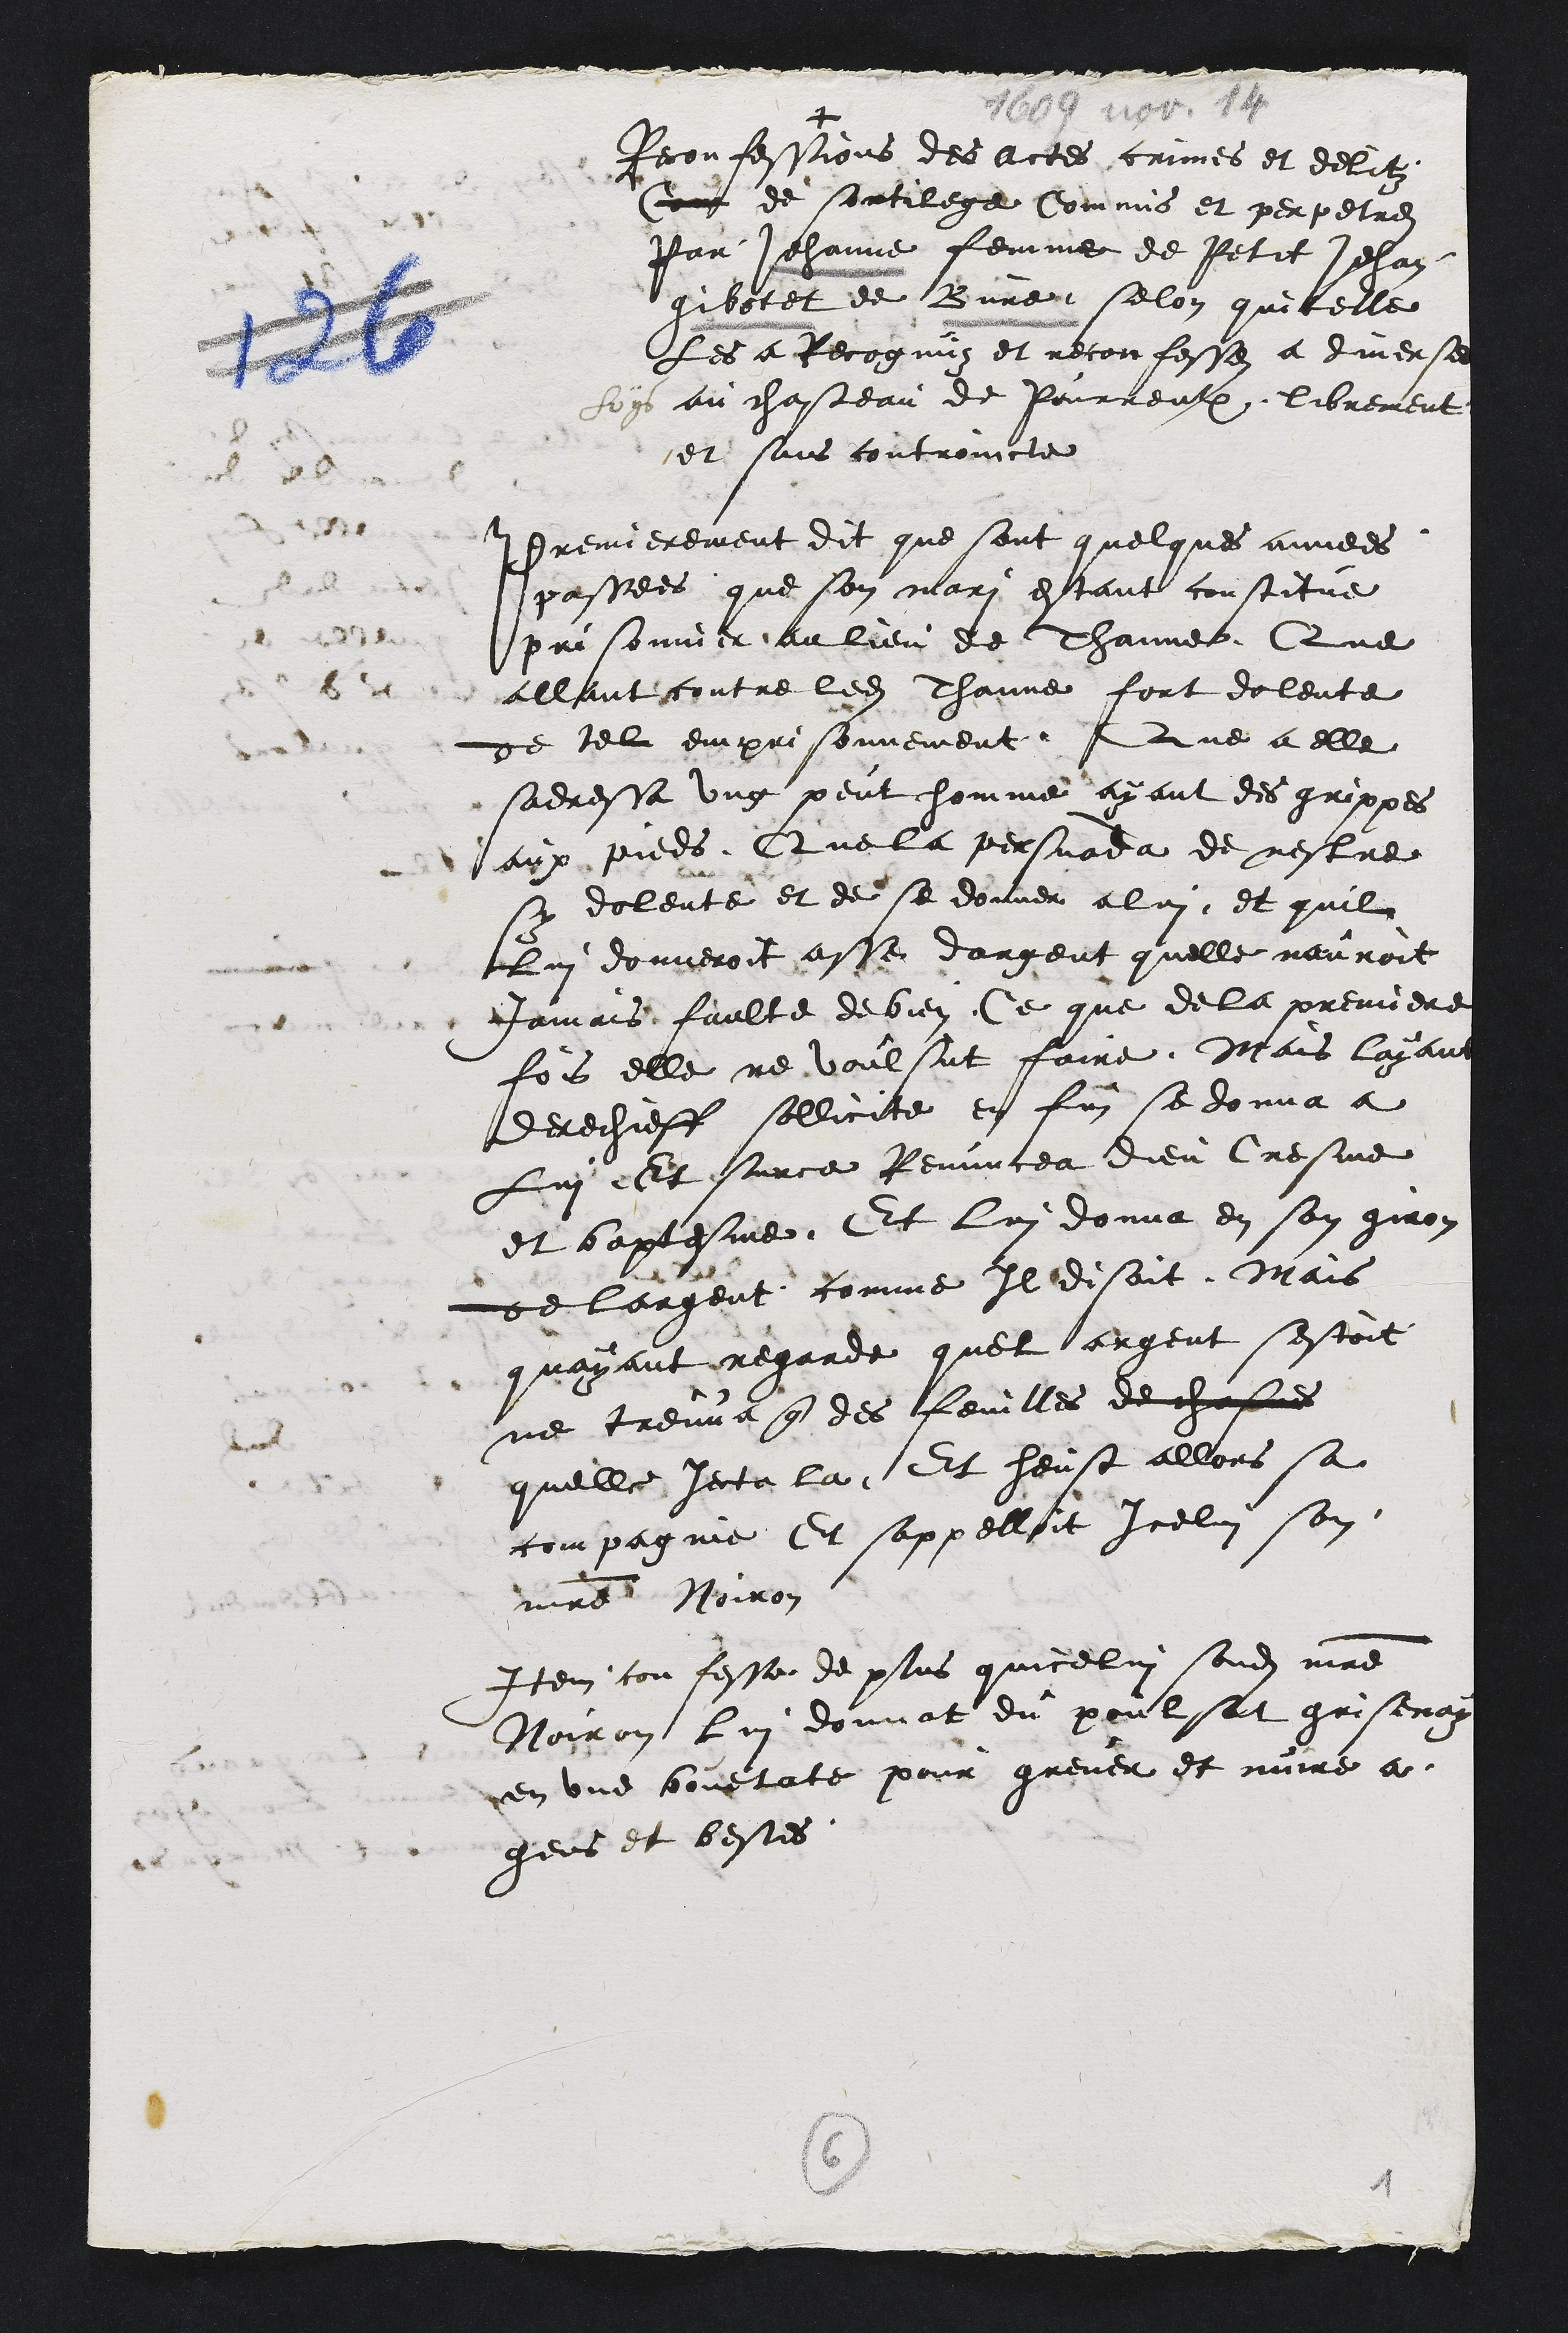
+
Reconfessions des actes crimes et delictz
Com de sortilege Commis et perpetres
Par Jehanne femme de Petit Jehan
Gibotet de Bure, selon quicelle
Les a Recognuz et reconfesses a diverse
foys au chasteau de Pourrentruy librement
et sans controincte
Premierement dit que sont quelques annees
passees que son mari estant constitue
prisonnier au lieu de Thanne Que
allant contre ledit Thanne fort dolente
de tel emprisonnement, Que a elle
sadressa ung peut homme ayant des grippes
aux pieds Que la persuada de nestre
sy dolente et de se donner a lui et quil
Lui donneroit asse dargent quelle nauroit
Jamais faulte de bien Ce que de la premiere
fois elle ne voulsut faire Mais layant
derechieff sollicite en fin se donna a
Lui Et surce Renuncea dieu Cresme
et baptesme, Et lui donna en son giron
de largent comme Il disoit, Mais
quayant regarde quel argent sestoit
ne treuva que des feuilles de chasnes
quelle jecta la Et heust allors sa
compagnie Et sappelloit icelui son
maitre Noiron
Item confesse de plus quicelui sondit maitre
Noiron lui donnat du poulsat grisenay
en une bouetate pour grever et nuire a
gens et bestes